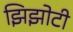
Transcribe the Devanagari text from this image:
झिझोटी